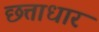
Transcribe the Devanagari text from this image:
छत्ताधार